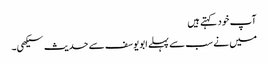
آپ خود کہتے ہیں
میں نے سب سے پہلے ابویوسف سے حدیث سیکھی۔